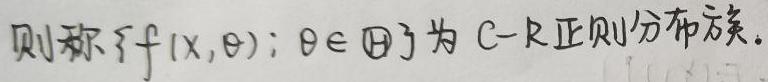
则称$\{f(x,\theta);\theta\in\Theta\}$为C - R正则分布族.